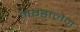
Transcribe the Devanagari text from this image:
मग्डालेन